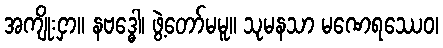
အကျိုးငှာ။ နဗဒ္ဓေါ၊ ဖွဲ့တော်မမူ။ သုမနသာ မဏေရဿေဝ၊